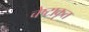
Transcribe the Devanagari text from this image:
चेष्टाकृत